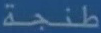
طنجة